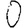
Digit: 0